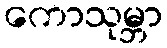
ကောသုမ္ဘာ